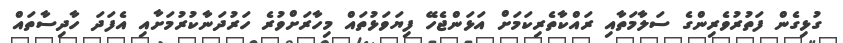
ގުޅިގެން ފަތުރުވެރިންގެ ސަލާމަތާއި ރައްކާތެރިކަމަށް އަޅަންޖެހޭ ފިޔަވަޅުތައް މިހާރަށްވުރެ ހަރުދަނާކުރުމަށާއި އެފަދަ ހާދިސާތައް